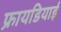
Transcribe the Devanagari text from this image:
फ्रायडियाई